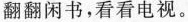
翻翻闲书，看看电视。